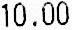
10.00